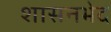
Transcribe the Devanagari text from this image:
शासनभेद